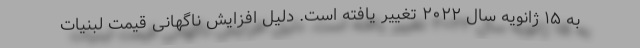
به ۱۵ ژانویه سال ۲۰۲۲ تغییر یافته است. دلیل افزایش ناگهانی قیمت لبنیات